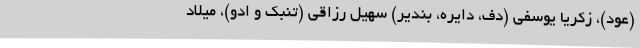
(عود)، زکریا یوسفی (دف، دایره، بندیر) سهیل رزاقی (تنبک و ادو)، میلاد